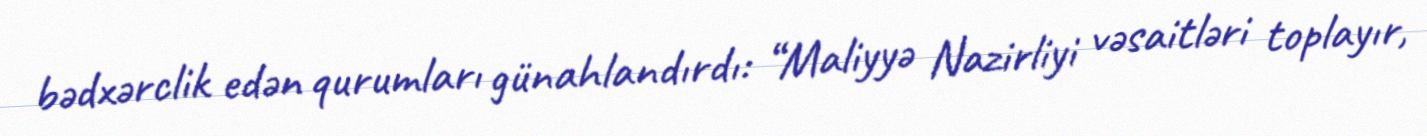
bədxərclik edən qurumları günahlandırdı: “Maliyyə Nazirliyi vəsaitləri toplayır,